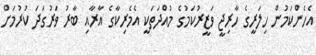
އެހެންކަމުން ހިލަރީގެ ހާރިޖީ ވަޒީރުކަމުގެ މުއްދަތަކީ އެމެރިކާގެ އާރާއި ބާރު ވަރުގަދަ ކުރުމަށް